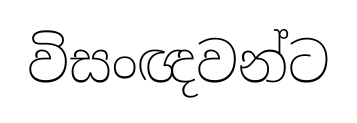
විසංඥවන්ට